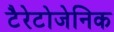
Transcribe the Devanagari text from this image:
टैरेटोजेनिक